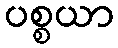
ပစ္စယာ